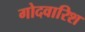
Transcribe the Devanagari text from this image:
गोदवारिश